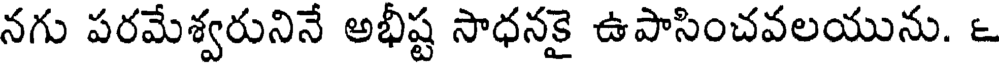
నగు పరమేశ్వరునినే అభీష్ట సాధనకై ఉపాసించవలయును. ౬